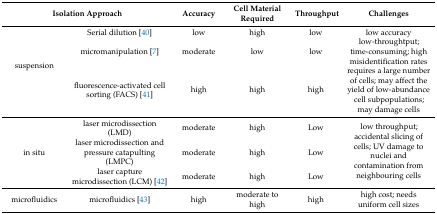
<table><thead><tr><td colspan="2"><b>Isolation Approach</b></td><td><b>Accuracy</b></td><td><b>Cell Material Required</b></td><td><b>Throughput</b></td><td><b>Challenges</b></td></tr></thead><tbody><tr><td rowspan="3">suspension</td><td>Serial dilution [40]</td><td>low</td><td>high</td><td>low</td><td>low accuracy</td></tr><tr><td>micromanipulation [7]</td><td>moderate</td><td>low</td><td>low</td><td>low-throughtput; time-consuming; high misidentification rates</td></tr><tr><td>fluorescence-activated cell sorting (FACS) [41]</td><td>high</td><td>high</td><td>high</td><td>requires a large number of cells; may affect the yield of low-abundance cell subpopulations; may damage cells</td></tr><tr><td rowspan="3">in situ</td><td>laser microdissection (LMD)</td><td>moderate</td><td>high</td><td>Low</td><td rowspan="3">low throughput; accidental slicing of cells; UV damage to nuclei and contamination from neighbouring cells</td></tr><tr><td>laser microdissection and pressure catapulting (LMPC)</td><td>moderate</td><td>high</td><td>Low</td></tr><tr><td>laser capture microdissection (LCM) [42]</td><td>moderate</td><td>high</td><td>Low</td></tr><tr><td>microfluidics</td><td>microfluidics [43]</td><td>high</td><td>moderate to high</td><td>high</td><td>high cost; needs uniform cell sizes</td></tr></tbody></table>